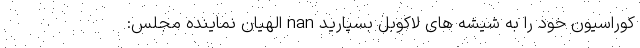
کوراسیون خود را به شیشه های لاکوبل بسپارید nan الهیان نماینده مجلس: